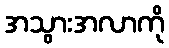
အသွားအလာကို